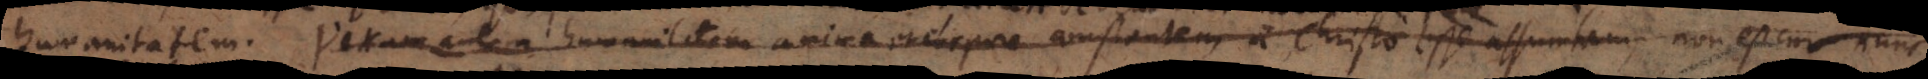
humanitatem. Veram autem humanitatem anima et corpore constantem a Christo esse assumtam, non est cur nunc